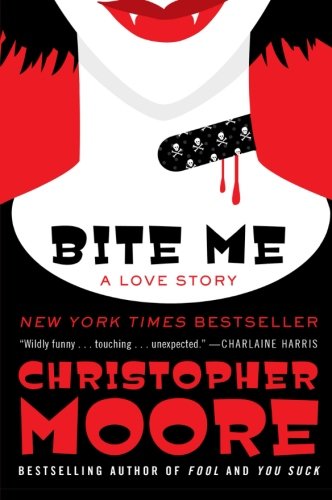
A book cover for Bite Me: A Love Story (Bloodsucking Fiends); Christopher Moore; Science Fiction & Fantasy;